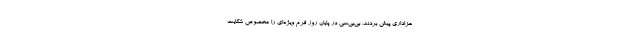
عزاداری پیش بردند. بی‌بی‌سی در پایان روز فرم ویژه‌ای را مخصوص شکایت